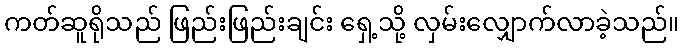
ကတ်ဆူရိုသည် ဖြည်းဖြည်းချင်း ရှေ့သို့ လှမ်းလျှောက်လာခဲ့သည်။